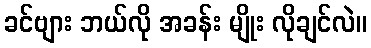
ခင်ဗျား ဘယ်လို အခန်း မျိုး လိုချင်လဲ။